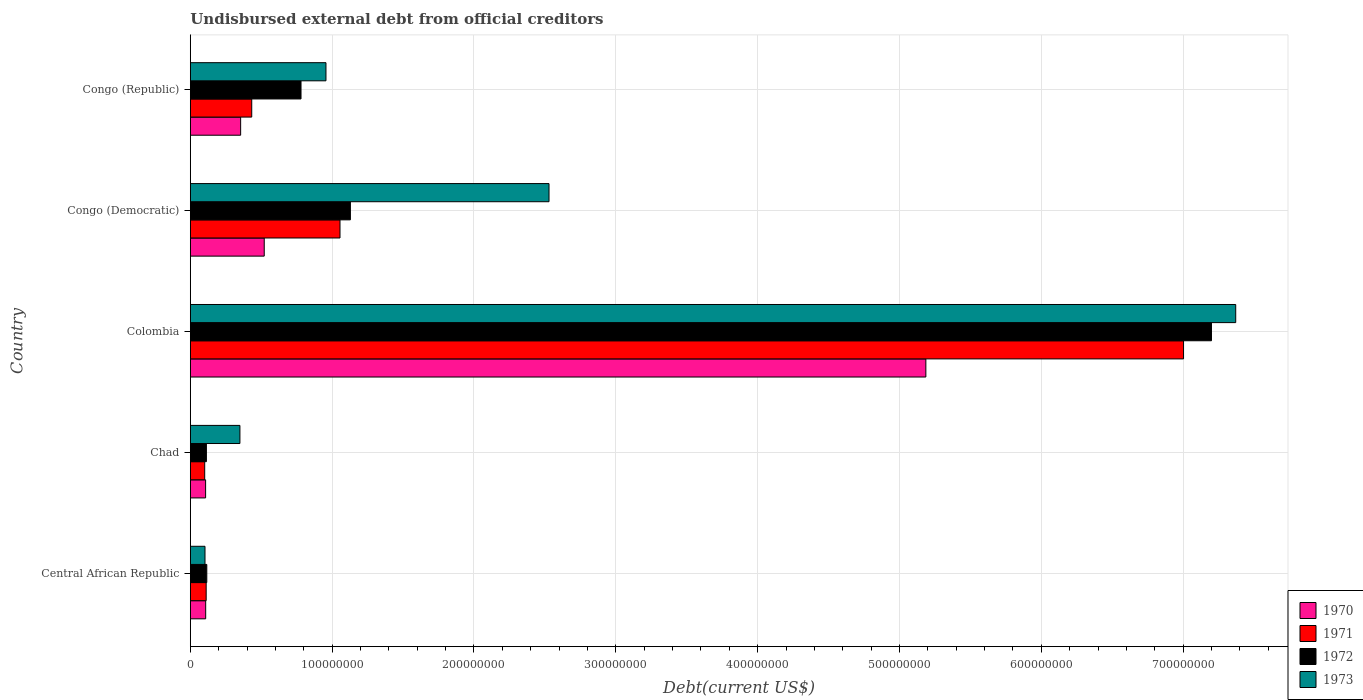
| Country | 1970 | 1971 | 1972 | 1973 |
 | --- | --- | --- | --- | --- |
 | Central African Republic | 1.08e+07 | 1.12e+07 | 1.16e+07 | 1.04e+07 |
 | Chad | 1.08e+07 | 1.02e+07 | 1.14e+07 | 3.5e+07 |
 | Colombia | 5.19e+08 | 7e+08 | 7.2e+08 | 7.37e+08 |
 | Congo (Democratic) | 5.21e+07 | 1.06e+08 | 1.13e+08 | 2.53e+08 |
 | Congo (Republic) | 3.55e+07 | 4.33e+07 | 7.81e+07 | 9.56e+07 |